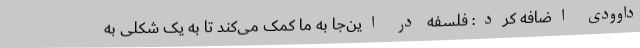
داوودی اضافه کرد: فلسفه در این‌جا به ما کمک می‌کند تا به یک شکلی به